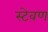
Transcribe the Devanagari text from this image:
स्टेवण